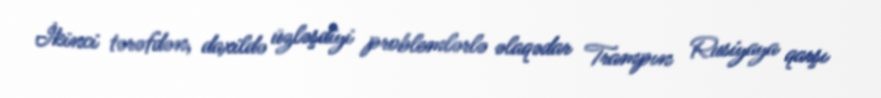
İkinci tərəfdən, daxildə üzləşdiyi problemlərlə əlaqədar Trampın Rusiyaya qarşı